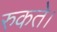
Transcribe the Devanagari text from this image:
रुकते।